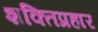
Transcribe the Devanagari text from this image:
शक्तिप्रहार